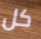
كل